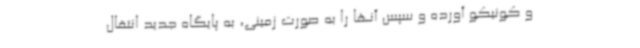
و کونیکو آورده و سپس آنها را به صورت زمینی، به پایگاه جدید انتقال